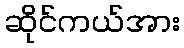
ဆိုင်ကယ်အား